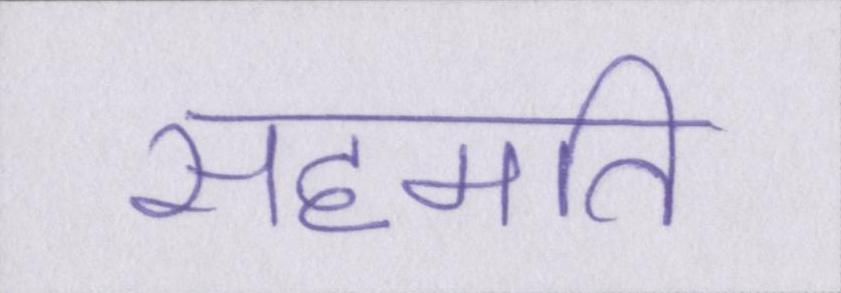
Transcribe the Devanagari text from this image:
सहमति